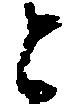
と